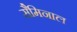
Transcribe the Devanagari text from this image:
सैमिनाल